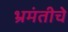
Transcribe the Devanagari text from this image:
भ्रमंतीचे